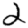
Digit: 2